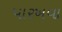
પારખવા